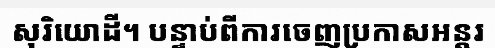
សុរិយោដី។ បន្ទាប់ពីការចេញប្រកាសអន្តរ